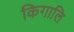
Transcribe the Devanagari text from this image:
किगालि